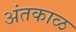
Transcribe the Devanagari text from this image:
अंतकाळ